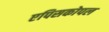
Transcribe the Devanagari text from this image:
एपिसकोपल